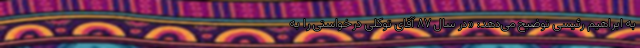
به ابراهیم رئیسی توضیح می‌دهد: «در سال ۸۷ آقای توکلی درخواستی را به